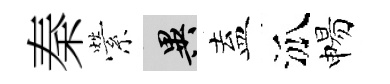
秦縈异盍泒惕